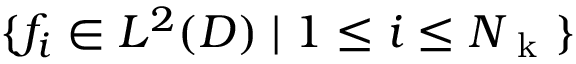
\{ f _ { i } \in L ^ { 2 } ( D ) \mid 1 \leq i \leq N _ { \mathrm { ~ k ~ } } \}